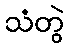
သံတွဲ